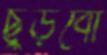
ছুড়বো